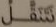
نتنقل